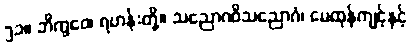
၅၁။ ဘိက္ခဝေ၊ ရဟန်းတို့။ သညောဂဝိသညောဂံ၊ မေထုန်ကျင့်နှင့်